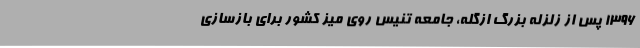
1396 پس از زلزله بزرگ ازگله، جامعه تنیس روی میز کشور برای بازسازی